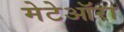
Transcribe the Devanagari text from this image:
मेटेऑरा